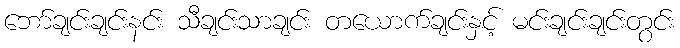
ဘော်ချင်းချင်းနင်း သီချင်းသာချင်း တယောက်ချင်းနှင့် မင်းချင်းချင်းတွင်း